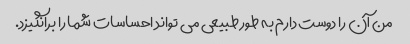
من آن را دوست دارم به طور طبیعی می تواند احساسات شما را برانگیزد.